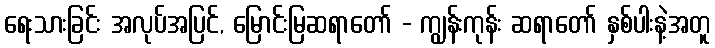
ရေးသားခြင်း အလုပ်အပြင်, မြောင်းမြဆရာတော် - ကျွန်းကုန်း ဆရာတော် နှစ်ပါးနဲ့အတူ